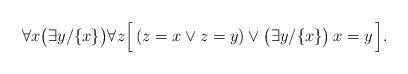
LaTeX: \begin{align*}\forall x \bigl(\exists y/\{x\}\bigr)\forall z\Bigl[\,(z = x \lor z = y)\lor \bigl(\exists y/\{x\}\bigr)\,x = y\,\Bigr].\end{align*}